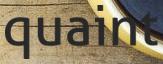
quaint